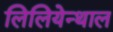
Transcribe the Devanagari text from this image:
लिलियेन्थाल